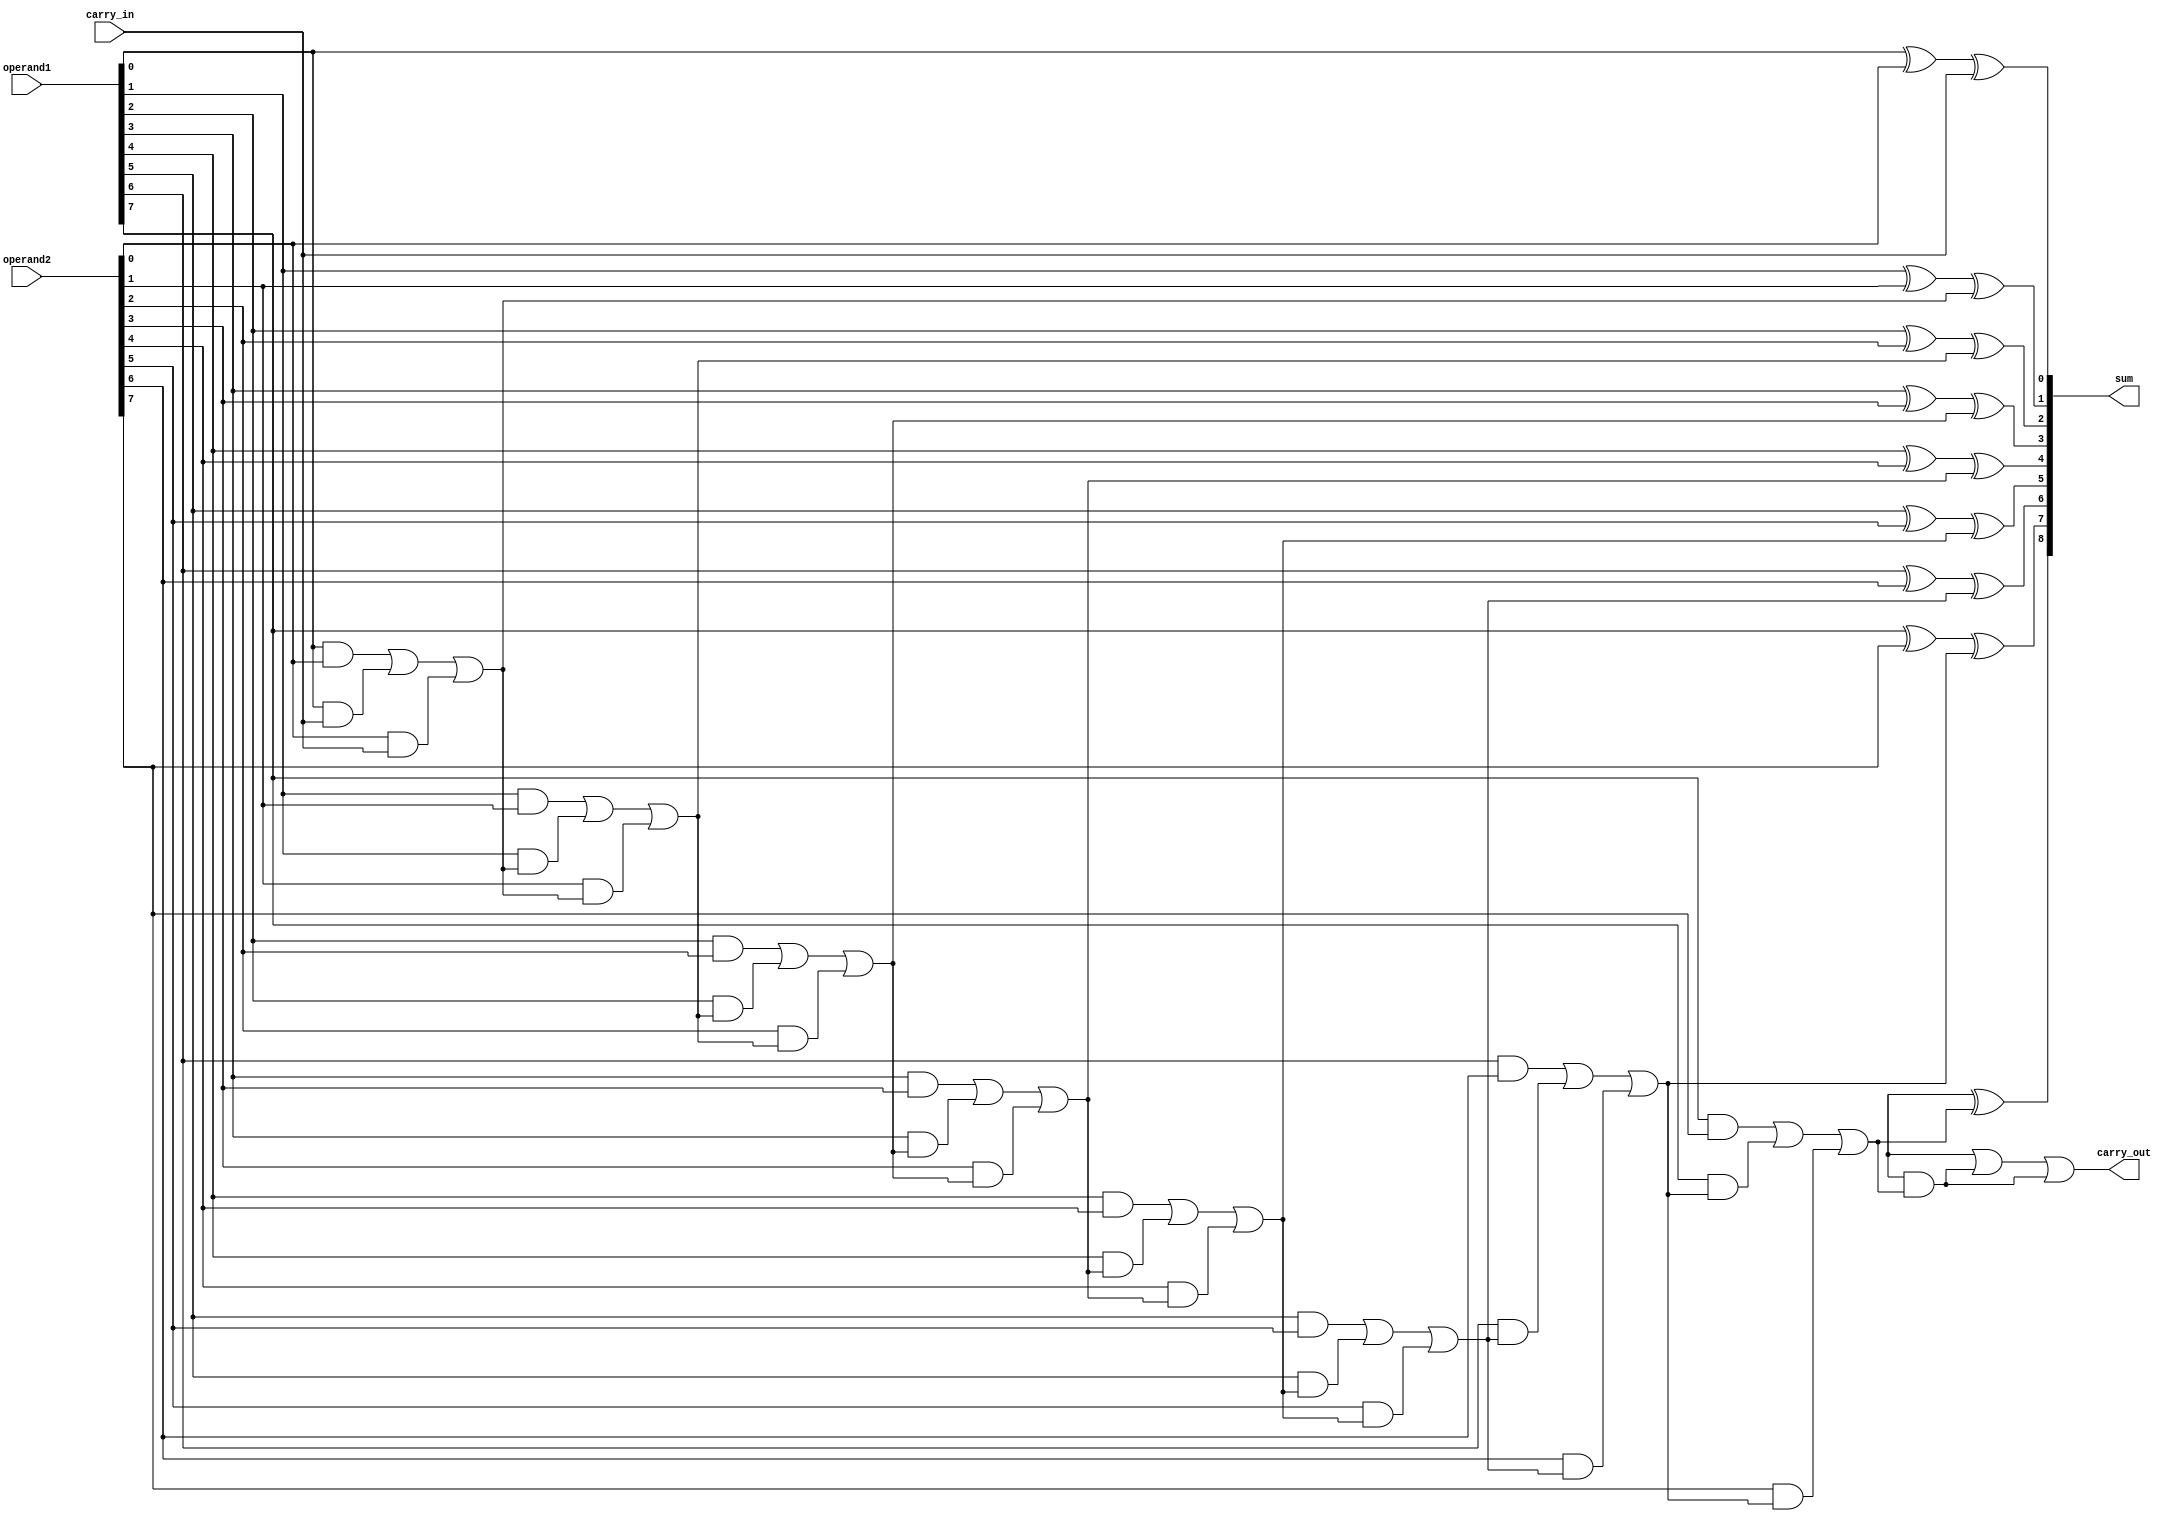
module CarryDetectAdder (
    input [7:0] operand1,
    input [7:0] operand2,
    input carry_in,
    output reg [8:0] sum,
    output reg carry_out
);

reg [7:0] carry_temp;

assign sum[0] = operand1[0] ^ operand2[0] ^ carry_in;
assign carry_temp[0] = (operand1[0] & operand2[0]) | (operand1[0] & carry_in) | (operand2[0] & carry_in);

genvar i;
generate
    for (i = 1; i < 8; i = i + 1) begin
        assign sum[i] = operand1[i] ^ operand2[i] ^ carry_temp[i-1];
        assign carry_temp[i] = (operand1[i] & operand2[i]) | (operand1[i] & carry_temp[i-1]) | (operand2[i] & carry_temp[i-1]);
    end
endgenerate

assign sum[8] = operand1[8] ^ operand2[8] ^ carry_temp[7];
assign carry_out = (operand1[8] & operand2[8]) | (operand1[8] & carry_temp[7]) | (operand2[8] & carry_temp[7]);

endmodule